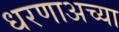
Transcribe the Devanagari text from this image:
धरणाअच्या